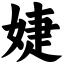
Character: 婕